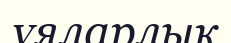
ұяларлық